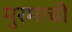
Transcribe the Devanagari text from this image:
मुरमाची